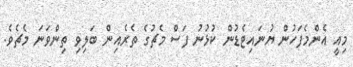
މިއީ އެންމެފަހުން ޔުނައިޓެޑުން ކުޅުނު ފަސް މެޗުގެ ތެރެއިން ބަލިވި ތިންވަނަ މެޗެވެ.